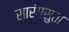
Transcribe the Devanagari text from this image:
सारंगसुता